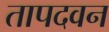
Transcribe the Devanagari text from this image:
तापदवन